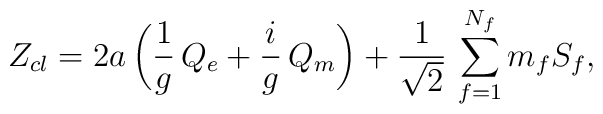
Z_{cl}=2a\,\biggl({1\over g}\, Q_{e} + {i\over g}\, Q_{m}\biggr) +{1\over\sqrt{2}}\, \sum _{f=1}^{N_{f}}m_{f}S_{f},